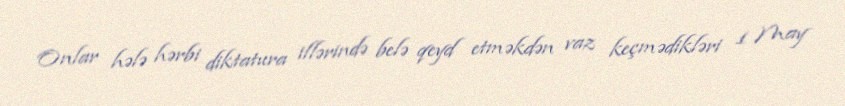
Onlar hələ hərbi diktatura illərində belə qeyd etməkdən vaz keçmədikləri 1 May